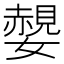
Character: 𡣅